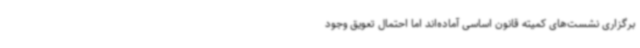
برگزاری نشست‌های کمیته قانون اساسی آماده‌اند اما احتمال تعویق وجود